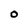
Character: O